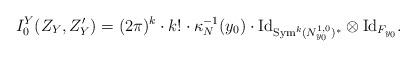
LaTeX: \begin{align*}I_0^Y(Z_Y, Z'_Y) = (2 \pi)^k \cdot k! \cdot \kappa_N^{-1}(y_0) \cdot {\rm{Id}}_{{\rm{Sym}}^k (N^{1, 0}_{y_0})^*} \otimes {\rm{Id}}_{F_{y_0}}.\end{align*}